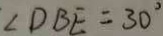
\angle D B E = 3 0 ^ { \circ }